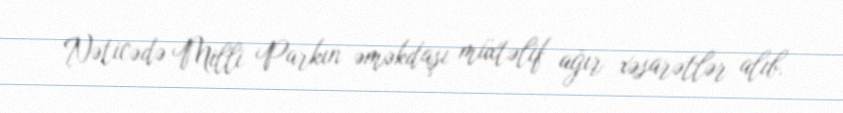
Nəticədə Milli Parkın əməkdaşı müxtəlif ağır xəsarətlər alıb.